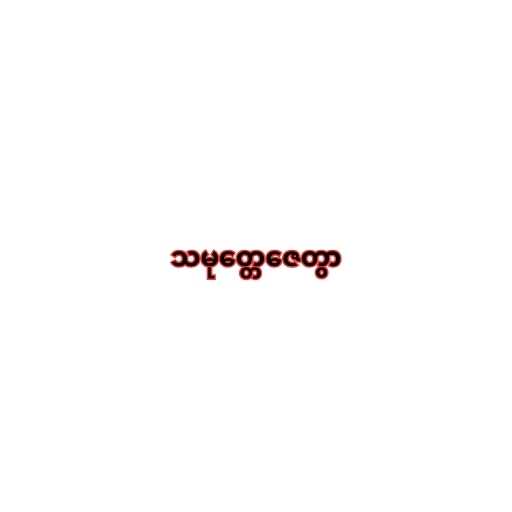
သမုတ္တေဇေတွာ